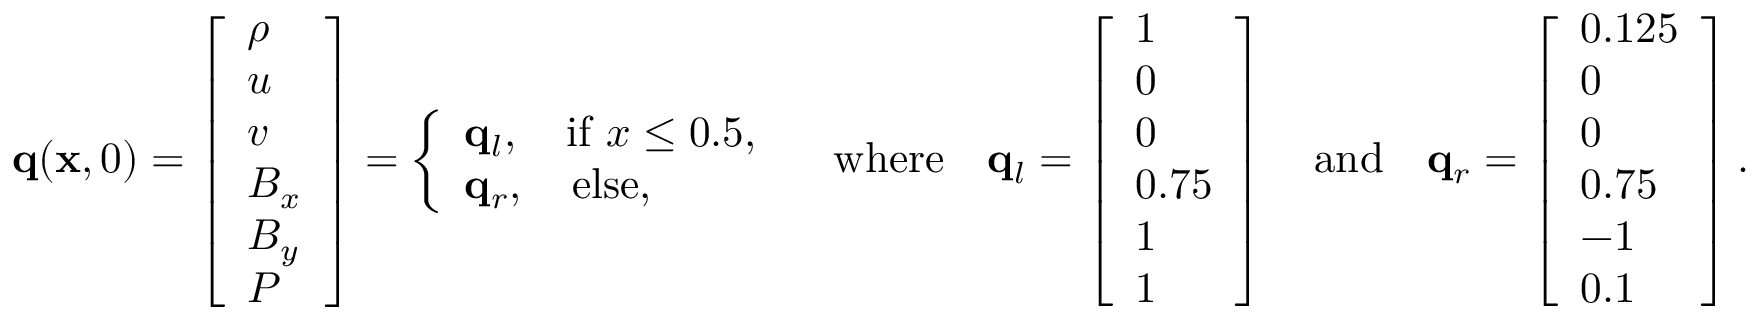
\mathbf { q } ( \mathbf { x } , 0 ) = \left[ \begin{array} { l } { \rho } \\ { u } \\ { v } \\ { B _ { x } } \\ { B _ { y } } \\ { P } \end{array} \right] = \left\{ \begin{array} { l l } { \mathbf { q } _ { l } , \quad \mathrm { i f } \ x \leq 0 . 5 , } \\ { \mathbf { q } _ { r } , \quad \mathrm { e l s e } , } \end{array} \right. \quad \mathrm { w h e r e } \quad \mathbf { q } _ { l } = \left[ \begin{array} { l } { 1 } \\ { 0 } \\ { 0 } \\ { 0 . 7 5 } \\ { 1 } \\ { 1 } \end{array} \right] \quad \mathrm { a n d } \quad \mathbf { q } _ { r } = \left[ \begin{array} { l } { 0 . 1 2 5 } \\ { 0 } \\ { 0 } \\ { 0 . 7 5 } \\ { - 1 } \\ { 0 . 1 } \end{array} \right] .